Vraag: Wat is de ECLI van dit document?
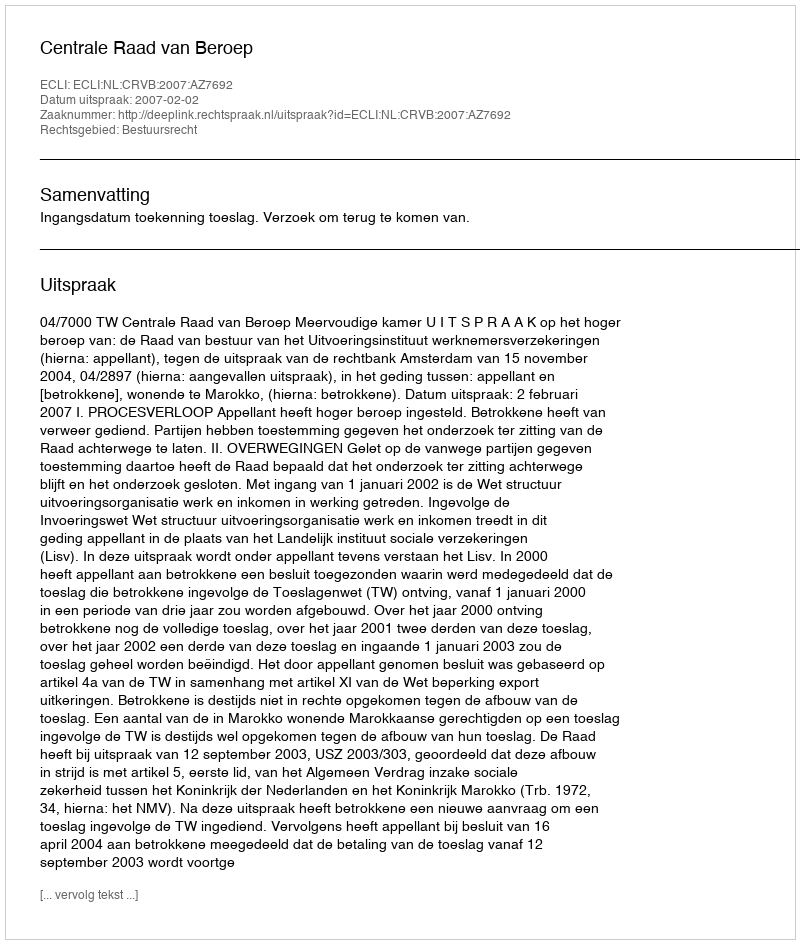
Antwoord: ECLI:NL:CRVB:2007:AZ7692